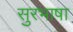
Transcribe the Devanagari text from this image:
सुरभाषा